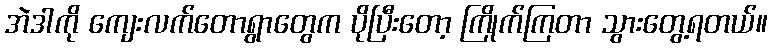
အဲဒါကို ကျေးလက်တောရွာတွေက ပိုပြီးတော့ ကြိုက်ကြတာ သွားတွေ့ရတယ်။